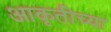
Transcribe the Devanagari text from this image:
आकृतीच्या